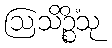
ဩသိဉ္စိံသု